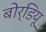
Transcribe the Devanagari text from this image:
बोर्डियू